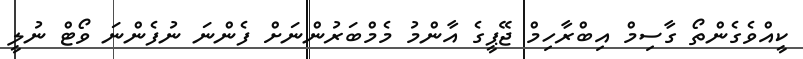
ކީއްވެގެންތޯ ގާސިމް އިބްރާހިމް ޖޭޕީގެ އާންމު މެމްބަރުންނަށް ފެންނަ ނުފެންނަ ވޯޓް ނުލީ